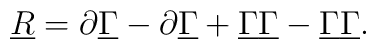
\underline{R} = \partial\underline{\Gamma} - \partial\underline{\Gamma} +{\underline{\Gamma}} \underline{\Gamma} - {\underline{\Gamma}} \underline{\Gamma}.